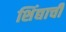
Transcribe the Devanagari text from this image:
शिंद्याची